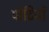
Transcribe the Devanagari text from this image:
पोटियों